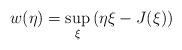
LaTeX: \begin{align*} w(\eta) = \sup \limits_\xi \left( \eta \xi - J(\xi) \right)\end{align*}